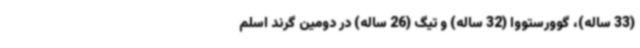
(33 ساله)، گوورستووا (32 ساله) و تیگ (26 ساله) در دومین گرند اسلم